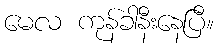
မေလ ကုန်ခါနီးနေပြီ။